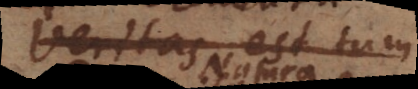
Veritas est tum